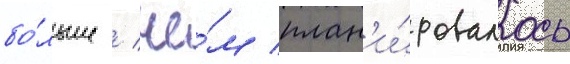
бо́льше / че́м план'и́ровалось